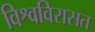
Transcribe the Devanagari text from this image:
विश्वविरासत